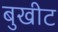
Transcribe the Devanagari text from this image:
बुखीट